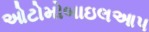
ઓટોમોબાઇલઆપ